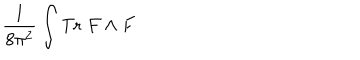
\frac { 1 } { 8 \pi ^ { 2 } } \int \mathrm { T r } \; F \wedge F